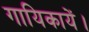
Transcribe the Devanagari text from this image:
गायिकायें।